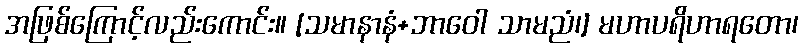
အဖြစ်ကြောင့်လည်းကောင်း။ [သမာနာနံ+ဘာဝေါ သာမညံ၊] မဟာပရိဟာရတော၊